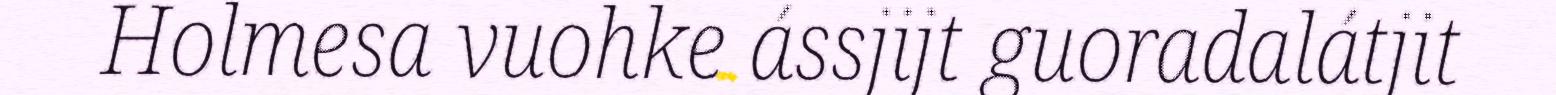
Holmesa vuohke ássjijt guoradalátjit